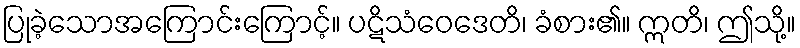
ပြုခဲ့သောအကြောင်းကြောင့်။ ပဋိသံဝေဒေတိ၊ ခံစား၏။ ဣတိ၊ ဤသို့။